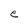
Character: e